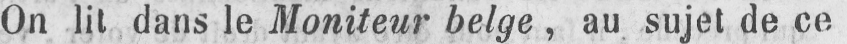
On lit dans le Moniteur belge, au sujet de ce